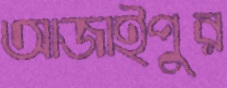
আজাইপুর